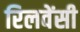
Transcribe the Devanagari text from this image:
रिलवेंसी